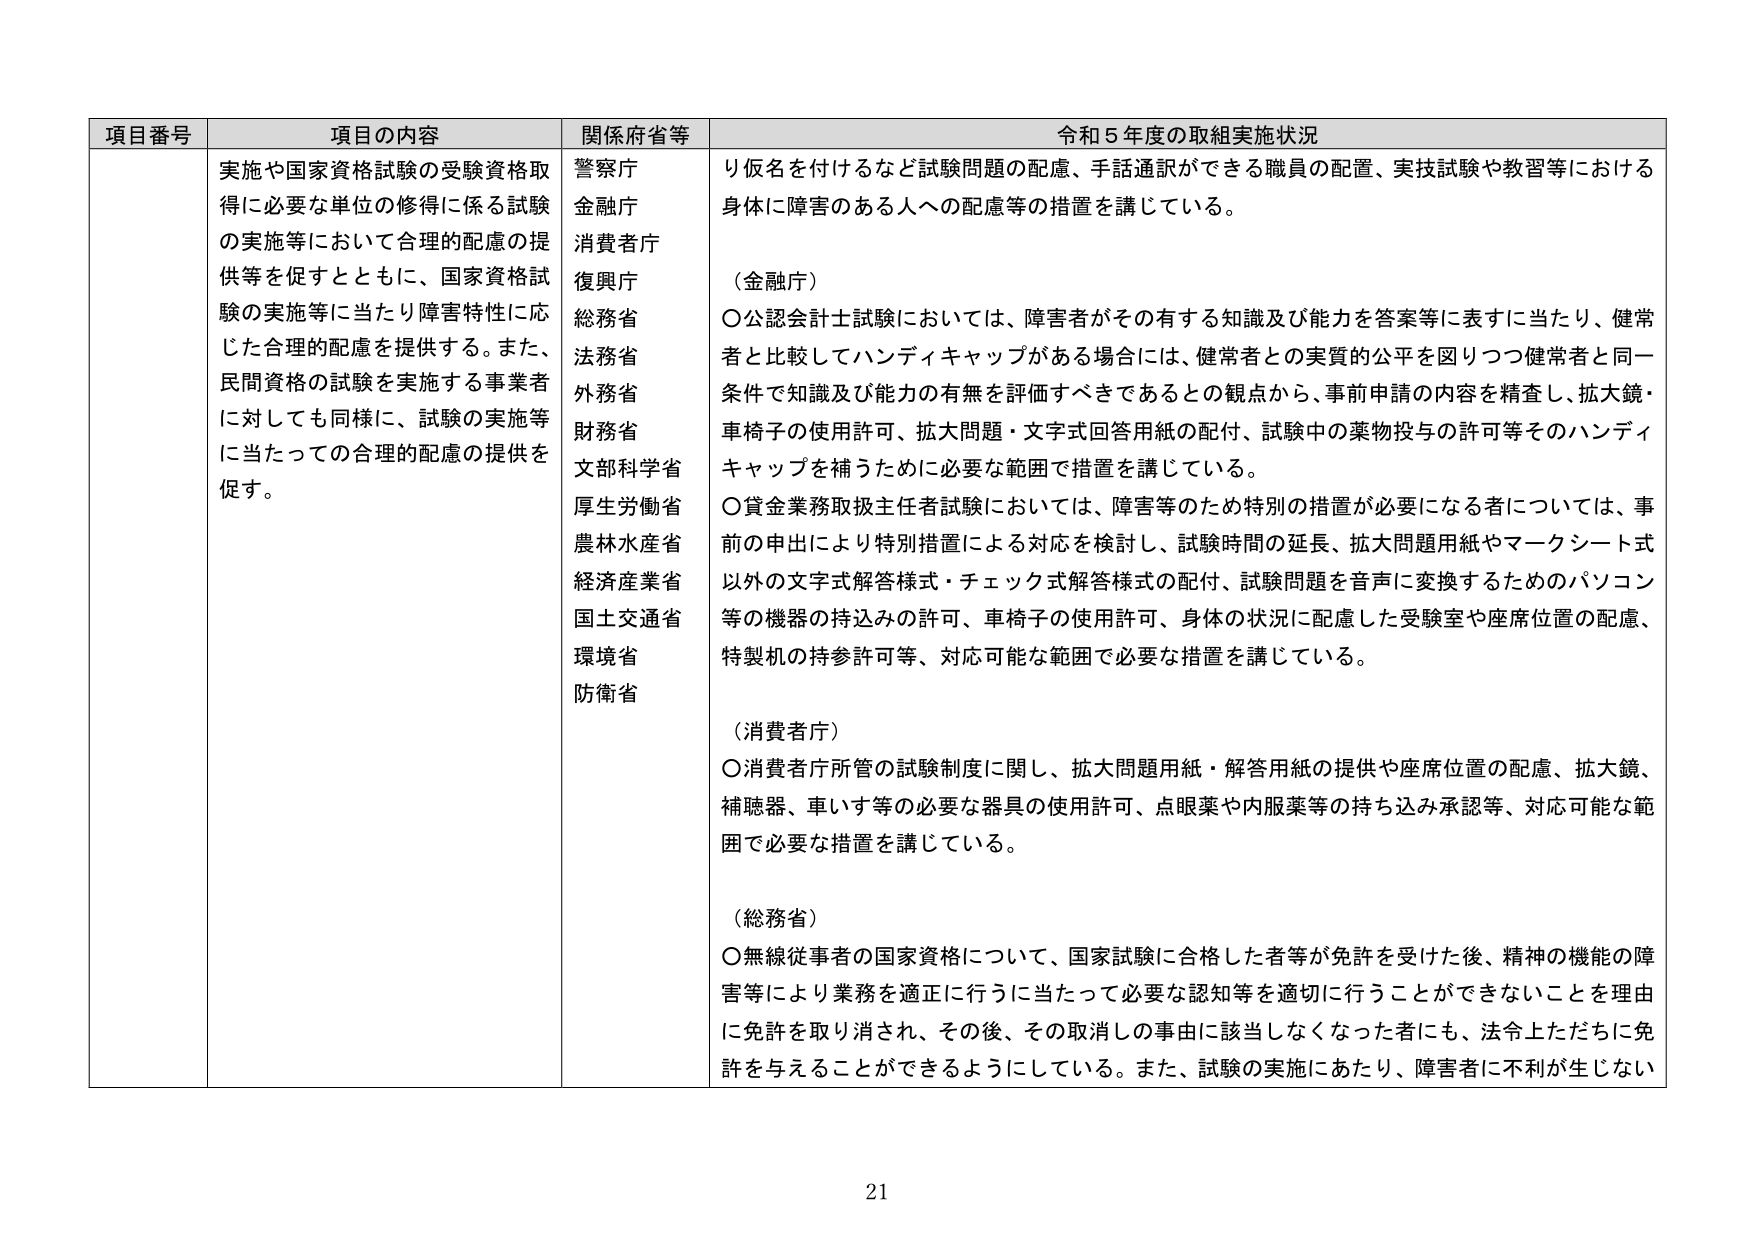
項目番号 項目の内容 関係府省等 令和５年度の取組実施状況
実施や国家資格試験の受験資格取得に必要な単位の修得に係る試験の実施等において合理的配慮の提供等を促すとともに、国家資格試験の実施等に当たり障害特性に応じた合理的配慮を提供する。また、民間資格の試験を実施する事業者に対しても同様に、試験の実施等に当たっての合理的配慮の提供を促す。
警察庁
金融庁
消費者庁
復興庁
総務省
法務省
外務省
財務省
文部科学省
厚生労働省
農林水産省
経済産業省
国土交通省
環境省
防衛省
り仮名を付けるなど試験問題の配慮、手話通訳ができる職員の配置、実技試験や教習等における身体に障害のある人への配慮等の措置を講じている。
（金融庁）
〇公認会計士試験においては、障害者がその有する知識及び能力を答案等に表すに当たり、健常者と比較してハンディキャップがある場合には、健常者との実質的公平を図りつつ健常者と同一条件で知識及び能力の有無を評価すべきであるとの観点から、事前申請の内容を精査し、拡大鏡・車椅子の使用許可、拡大問題・文字式回答用紙の配付、試験中の薬物投与の許可等そのハンディキャップを補うために必要な範囲で措置を講じている。
〇貸金業務取扱主任者試験においては、障害等のため特別の措置が必要になる者については、事前の申出により特別措置による対応を検討し、試験時間の延長、拡大問題用紙やマークシート式以外の文字式解答様式・チェック式解答様式の配付、試験問題を音声に変換するためのパソコン等の機器の持込みの許可、車椅子の使用許可、身体の状況に配慮した受験室や座席位置の配慮、特製机の持参許可等、対応可能な範囲で必要な措置を講じている。
（消費者庁）
〇消費者庁所管の試験制度に関し、拡大問題用紙・解答用紙の提供や座席位置の配慮、拡大鏡、補聴器、車いす等の必要な器具の使用許可、点眼薬や内服薬等の持ち込み承認等、対応可能な範囲で必要な措置を講じている。
（総務省）
〇無線従事者の国家資格について、国家試験に合格した者等が免許を受けた後、精神の機能の障害等により業務を適正に行うに当たって必要な認知等を適切に行うことができないことを理由に免許を取り消され、その後、その取消しの事由に該当しなくなった者にも、法令上ただちに免許を与えることができるようにしている。また、試験の実施にあたり、障害者に不利が生じない
21